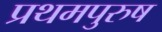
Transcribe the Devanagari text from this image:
प्रथमपुरुष